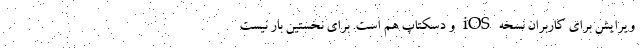
ویرایش برای کاربران نسخه iOS و دسکتاپ هم است. برای نخستین بار نیست